Malaria in the Duars
Disease focus: Malaria
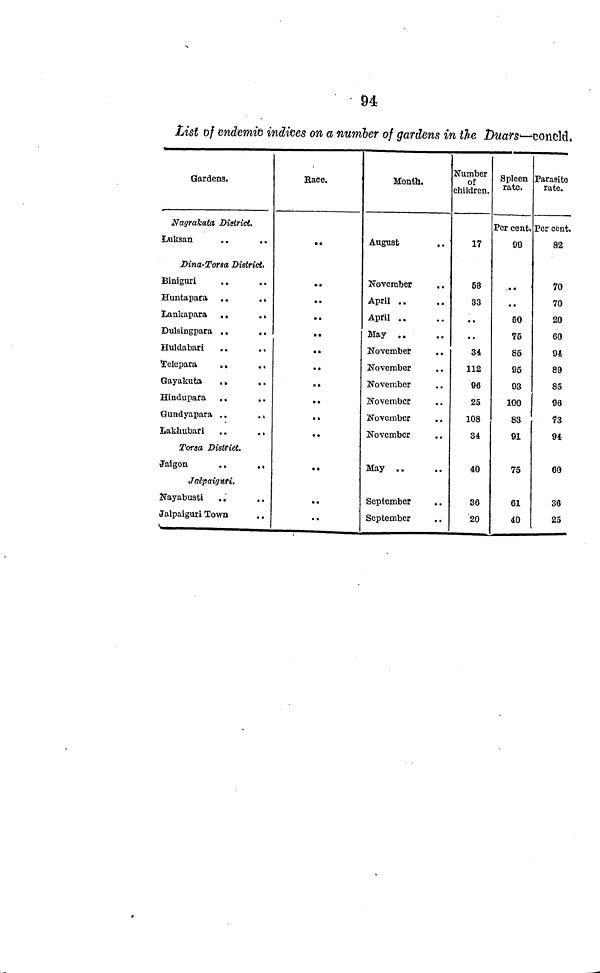
94
List of endemic indices on a number of gardens in the Duars—concld.
Gardens.
Nagrakata District.
Luksan
Dina-Torsa District.
Biniguri
. .
Huntapata . .
.
Lankapara . .
.
Dulsingpara
Huldabari
. .
Telepara
. .
.
Gayakuta
.
. .
Hindupara , .
. .
Gundyapara . .
.
Lakhubari
Torsa District.
Jaigon
. .
. .
Jalpaiguri.
Nayabusti
Jalpaiguri Town
Race.
..
..
..
..
..
..
..
..
..
..
..
..
..
..
Month.
August
. .
November
April
April ..
May
November
November
November
November
November
November
May
September
September
Number
of
children.
17
53
33
..
..
34
112
90
25
108
34
40
36
20
Spleen
rate.
Per cent>
99
..
..
50
75
85
95
93
100
83
91
75
61
40
Parasite
rate.
Per cent.
82
70
70
20
60
94
89
85
96
73
94
60
36
25